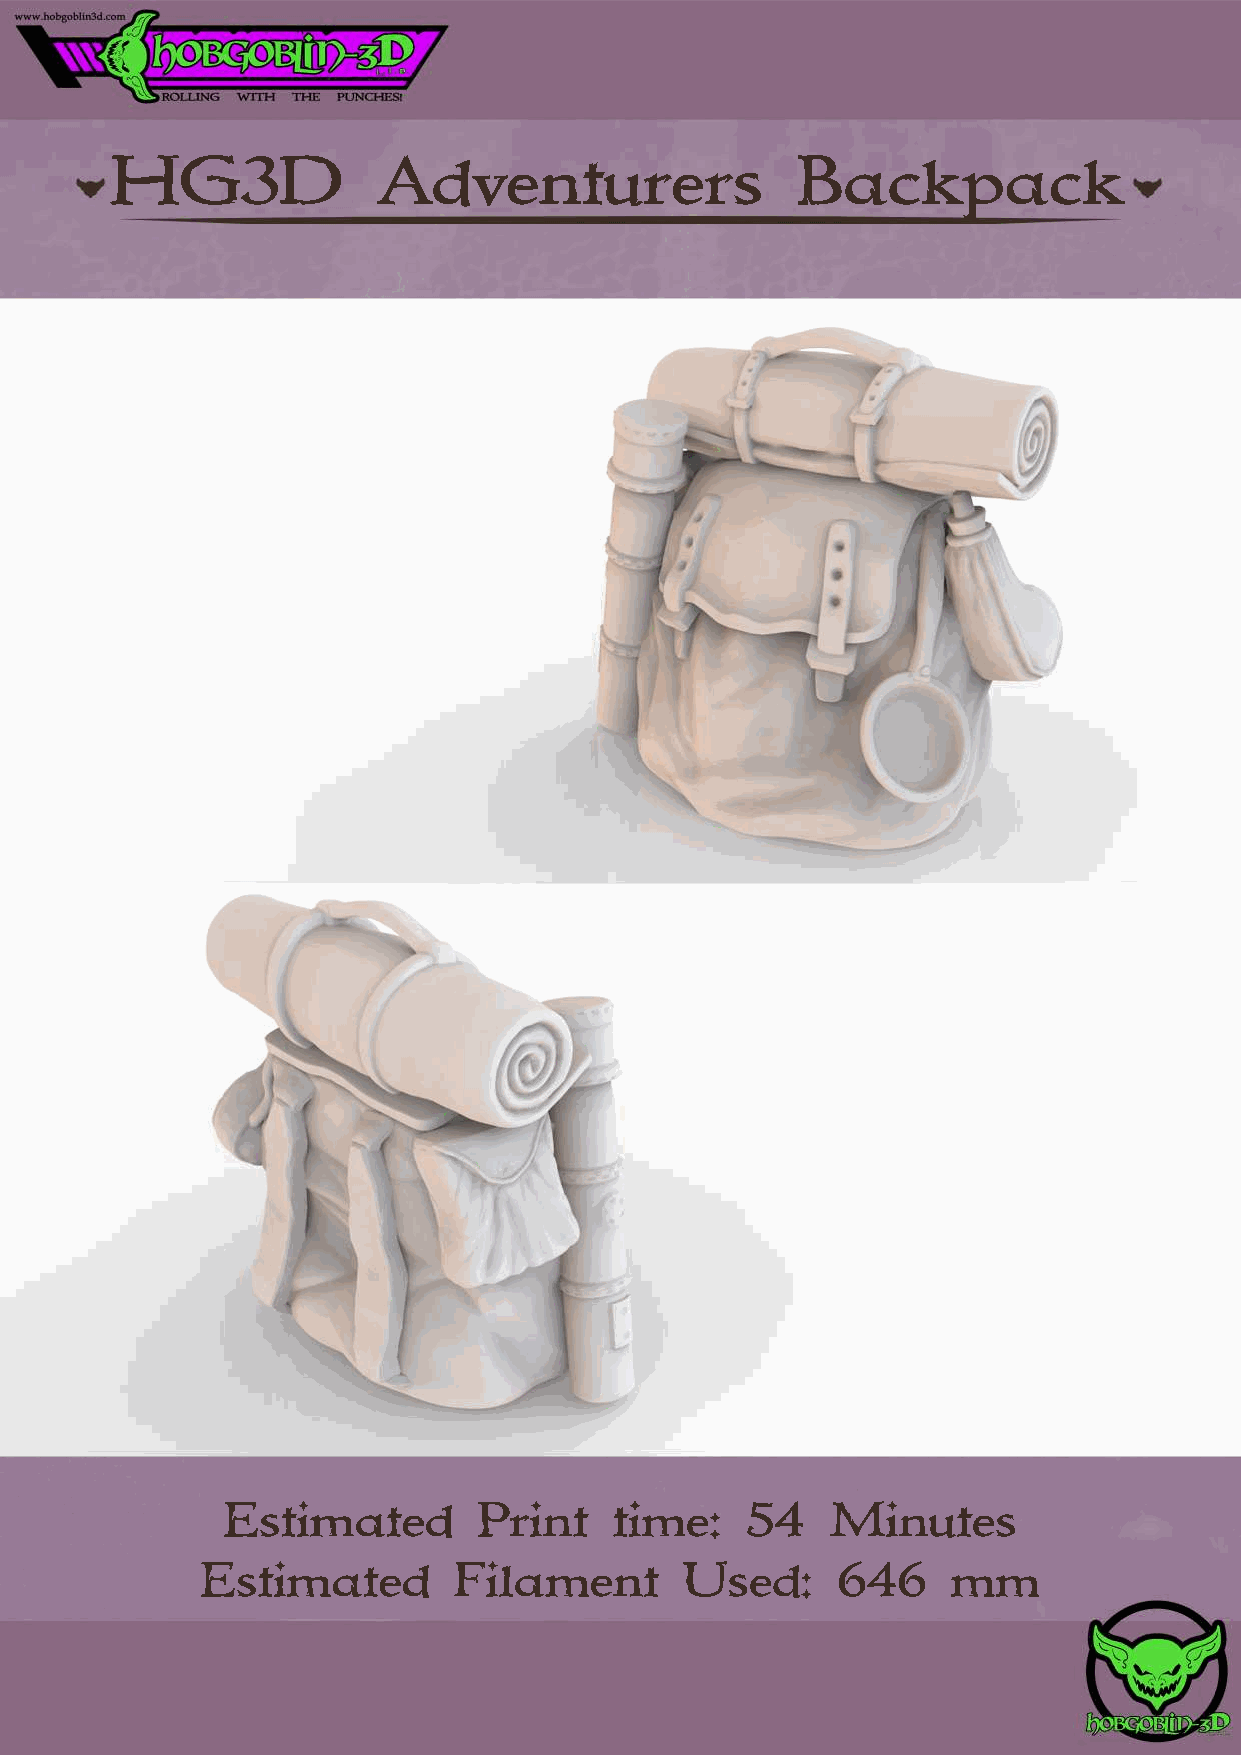
HG3D              Adventurers                 Backpack
 Estimated        Print    time:   54    Minutes
 Estimated        Filament       Used:     646     mm